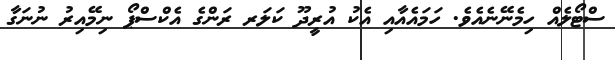
ސްޓޯލެއް ހިމެނޭނެއެވެ. ހަމައެއާއި އެކު އުރީދޫ ކަލަރ ރަންގެ އެކްސްޕޯ ނިމޭއިރު ނުނަގާ